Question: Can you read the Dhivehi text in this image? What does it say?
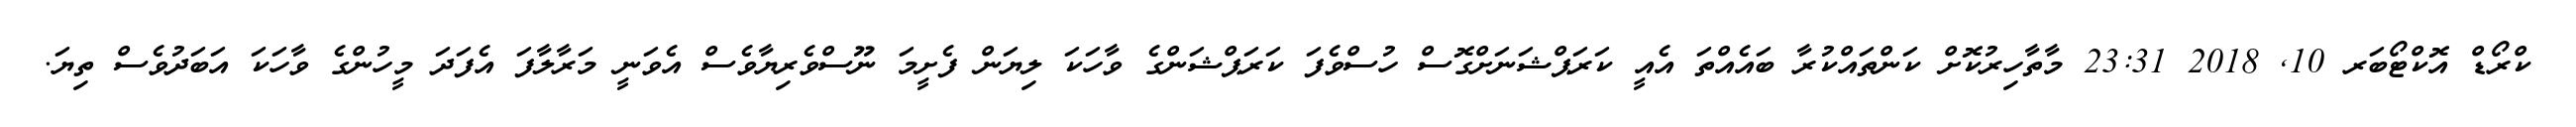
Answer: ކްރޯޑް އޮކްޓޯބަރ 10, 2018 23:31 މާތާހިރުކޮށް ކަންތައްކުރާ ބައެއްތަ އެއީ ކަރަޕްޝަނަށްގޮސް ހުސްވެފަ ކަރަޕްޝަންގެ ވާހަކަ ލިޔަން ފެށީމަ ނޫސްވެރިޔާވެސް އެވަނީ މަރާލާފަ އެފަދަ މީހުންގެ ވާހަކަ އަބަދުވެސް ތިޔަ.